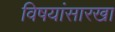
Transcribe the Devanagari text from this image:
विषयांसारखा